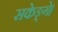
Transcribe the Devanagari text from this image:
सकेङ्गे।